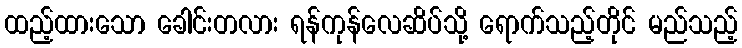
ထည့်ထားသော ခေါင်းတလား ရန်ကုန်လေဆိပ်သို့ ရောက်သည့်တိုင် မည်သည့်